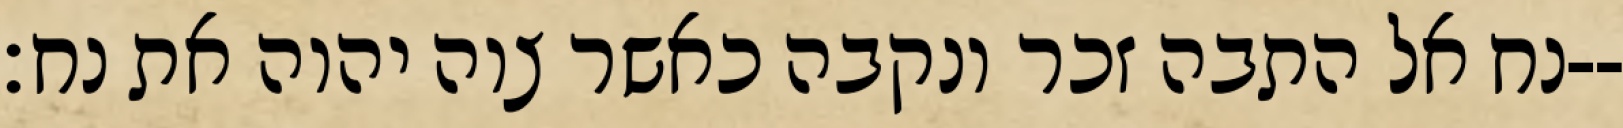
נח אל התבה זכר ונקבה כאשר צוה יהוה את נח׃--